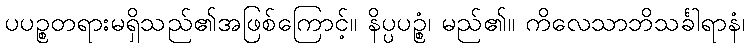
ပပဉ္စတရားမရှိသည်၏အဖြစ်ကြောင့်။ နိပ္ပပဉ္စံ၊ မည်၏။ ကိလေသာဘိသင်္ခါရာနံ၊